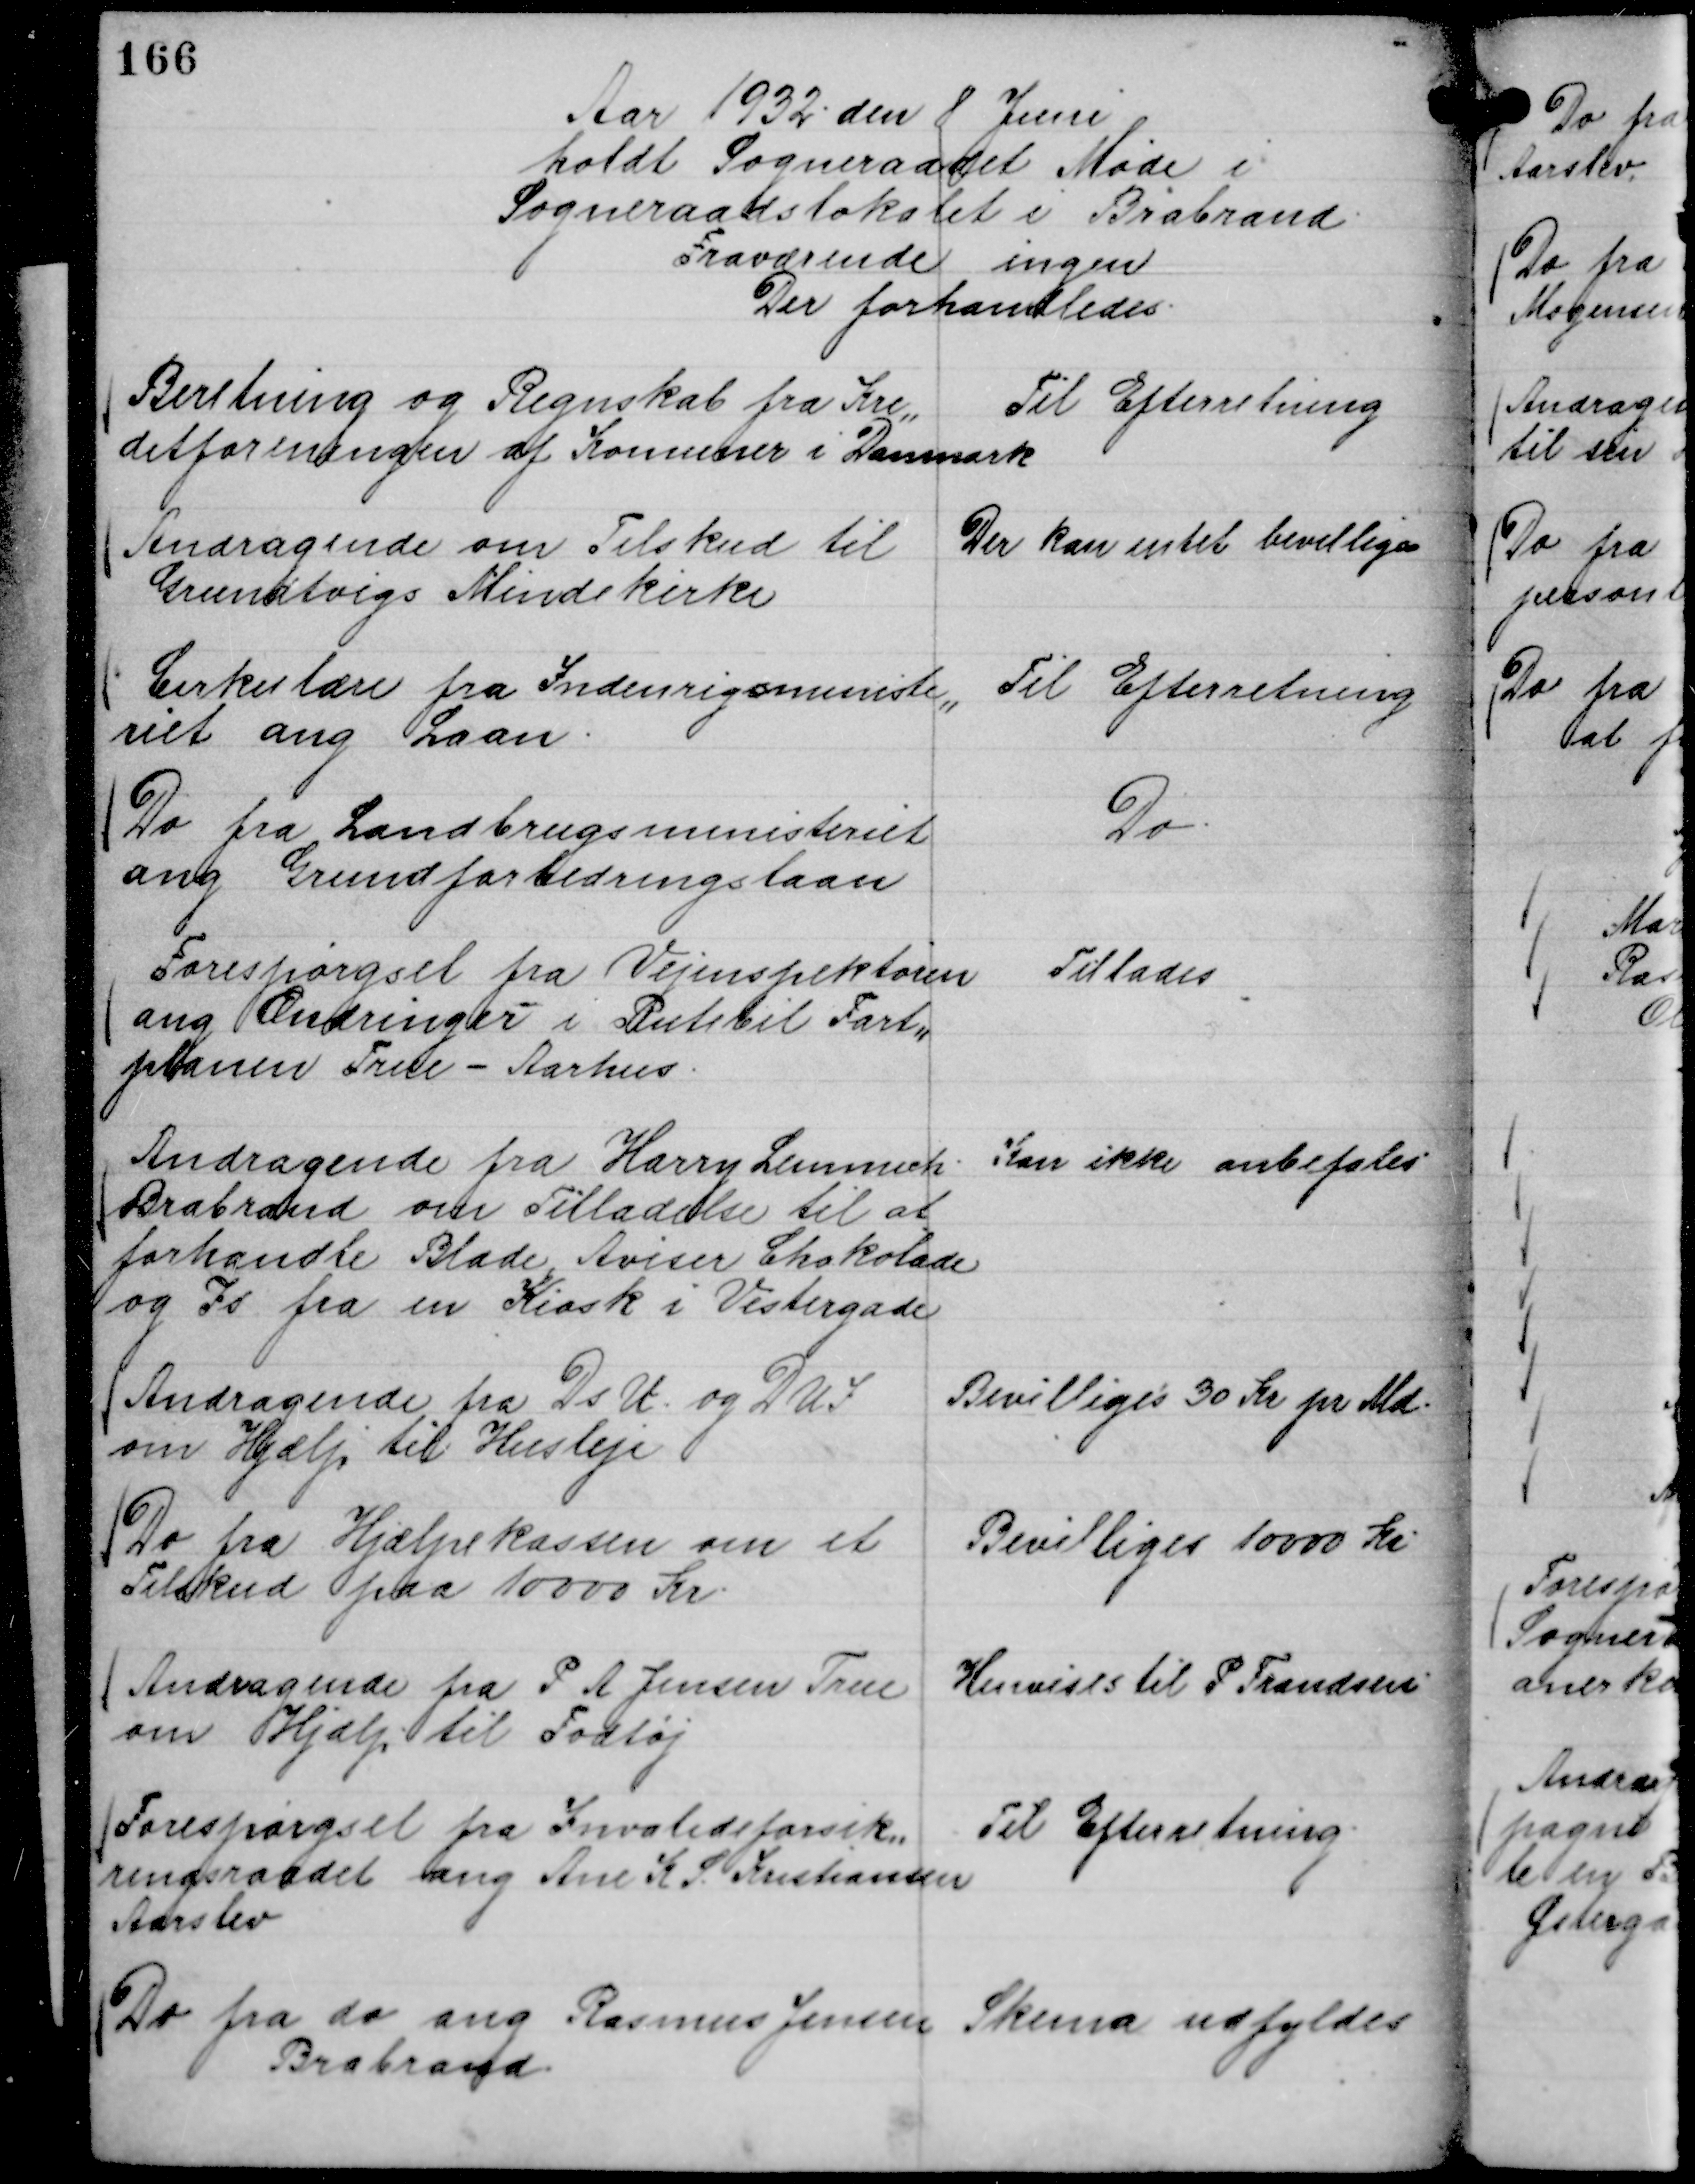
Transskription:
Aar 1932 . den 8 Juni
holdt Sogneraadet Møde i
Sogneraadslokalet i Brabrand.
Fraværende ingen
Der forhandledes.

Beretning og Regnskab fra Kre,,
ditforeningen af Komuner i Danmark

Til Efterretning

Andragende om Tilskud til
Grundtvigs Mindekirke

Der kan intet bevilliges

Cirkulære fra Indenrigsministe,,
riet ang Laan.

Til Efterretning

Do fra Landbrugsministeriet
ang Grundforbedringslaan

Do.

Forespørgsel fra Vejinspektøren
ang Ændringer i Rutebil Fart,,
planen True - Aarhus.

Tillades

Andragende fra Harry Lemmich.
Brabrand om Tilladelse til at
forhandle Blade, Aviser Chokolade
og Is fra en Kiosk i Vestergade

Kan ikke anbefales.

Andragende fra Ds U. og D U I
om Hjælp til Husleje

Bevilliges 30 Kr pr Md.

Do fra Hjælpekassen om et
Tilskud paa 10000 Kr.

Bevilliges 10000 Kr.

Andragende fra P A Jensen True
om Hjælp til Fodtøj

Henvises til P Frandsen

Forespørgsel fra Invalideforsik,,
ringsraadet ang K S. Kristiansen
Aarslev

Til Efterretning.

Do fra do ang Rasmus Jensen
Brabrand.

Skema udfyldes